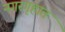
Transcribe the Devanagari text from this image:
नगरगृहात